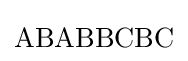
\mathrm {ABABBCBC}